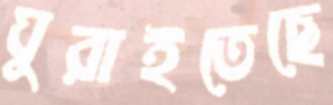
ঘুরাইতেছে